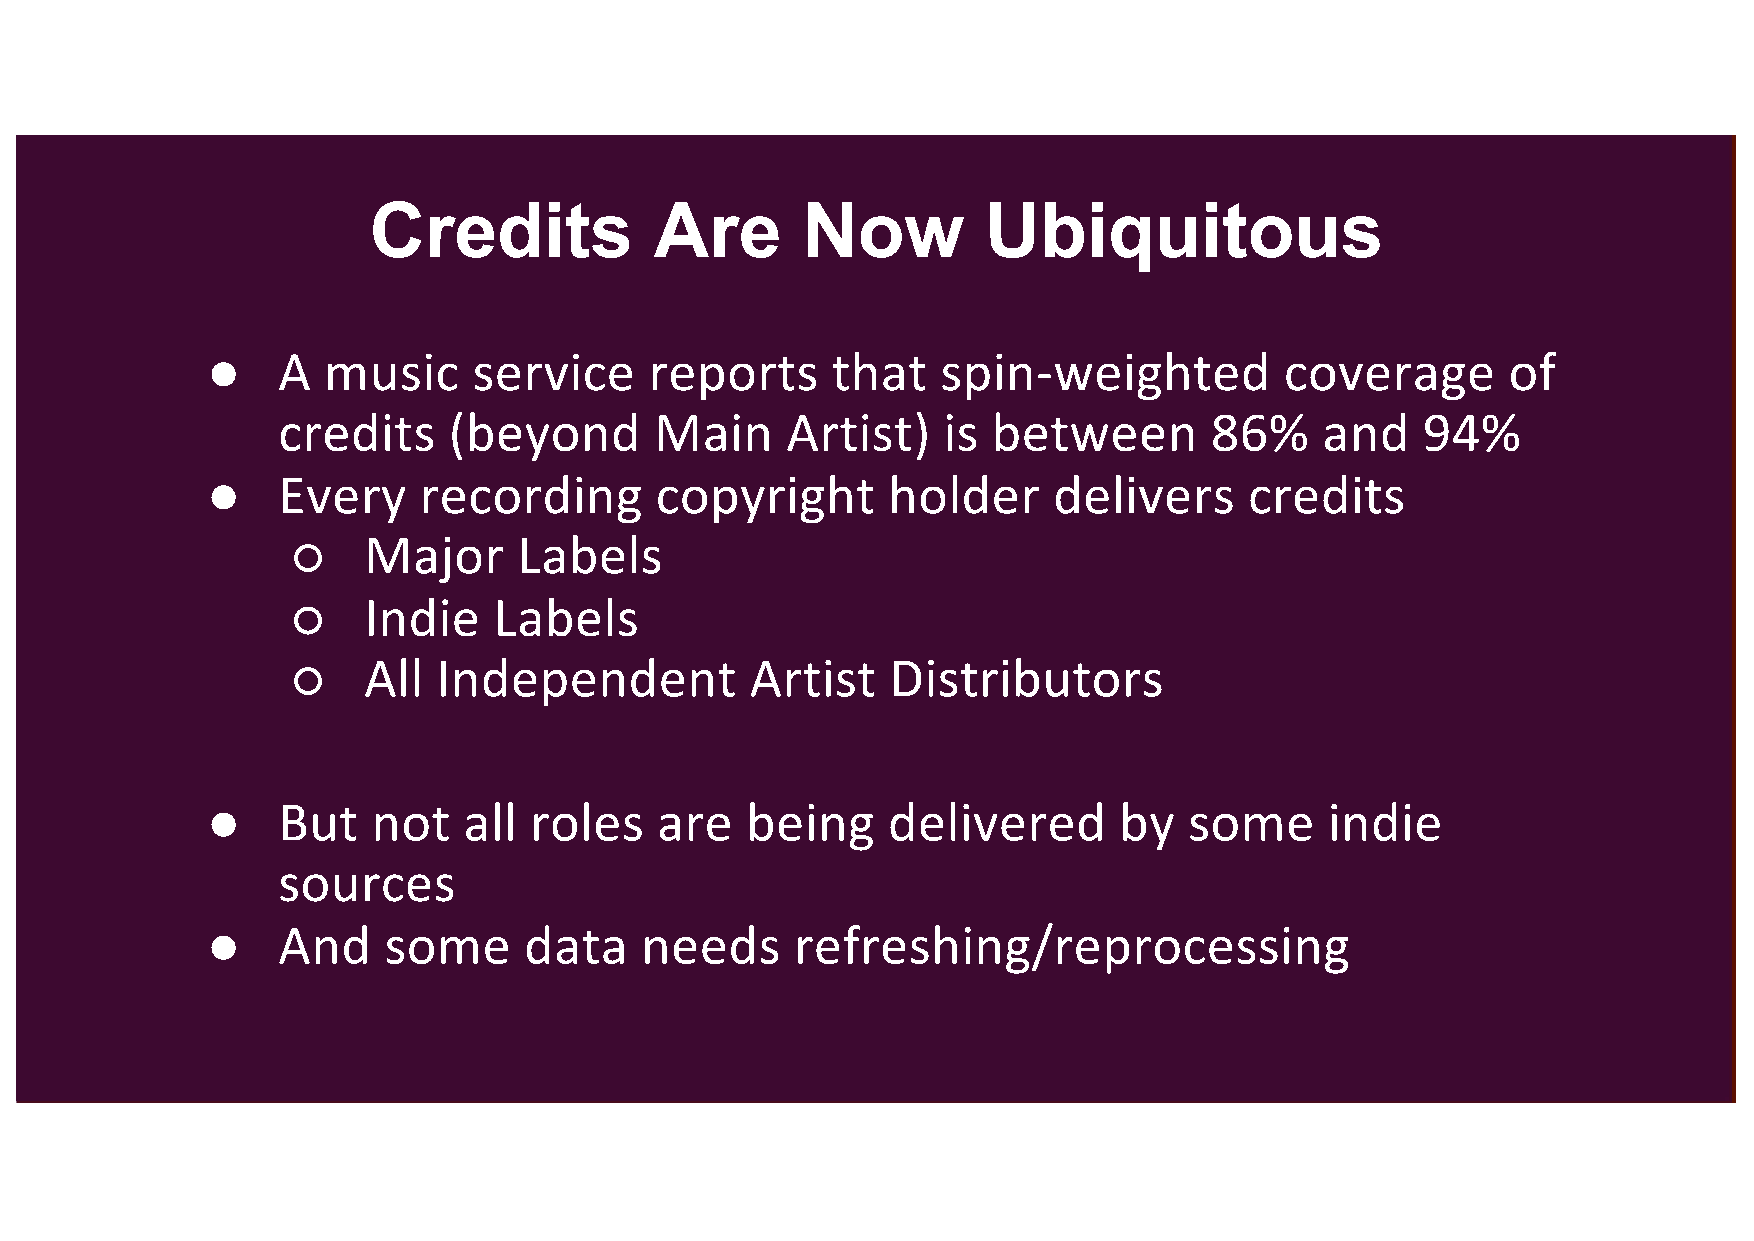
Credits            Are       Now         Ubiquitous
 ●   A  music     service     reports     that   spin-weighted          coverage       of
 credits     (beyond      Main     Artist)   is  between       86%     and   94%
 ●   Every     recording      copyright       holder     delivers     credits
 ○    Major     Labels
 ○    Indie    Labels
 ○    All  Independent          Artist   Distributors
 ●   But    not   all roles    are  being     delivered      by   some     indie
 sources
 ●   And    some      data   needs      refreshing/reprocessing